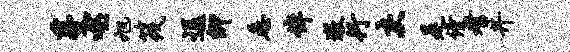
蔓噬旭筏逗卿悉倬墩行灰是僮耆井